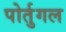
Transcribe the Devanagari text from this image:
पोर्तुगल